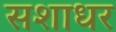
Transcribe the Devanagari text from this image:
सशाधर